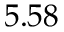
5 . 5 8